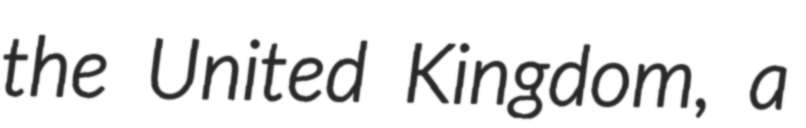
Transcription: the United Kingdom, a